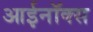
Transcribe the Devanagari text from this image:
आईनॉक्स